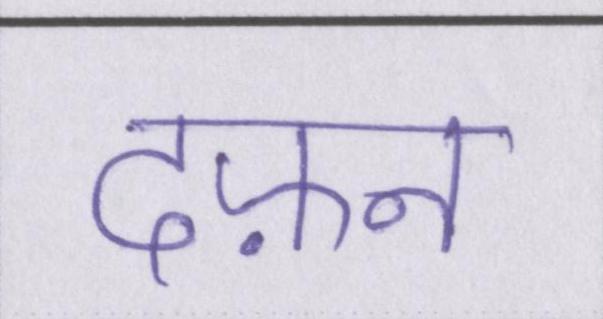
दफ़्न